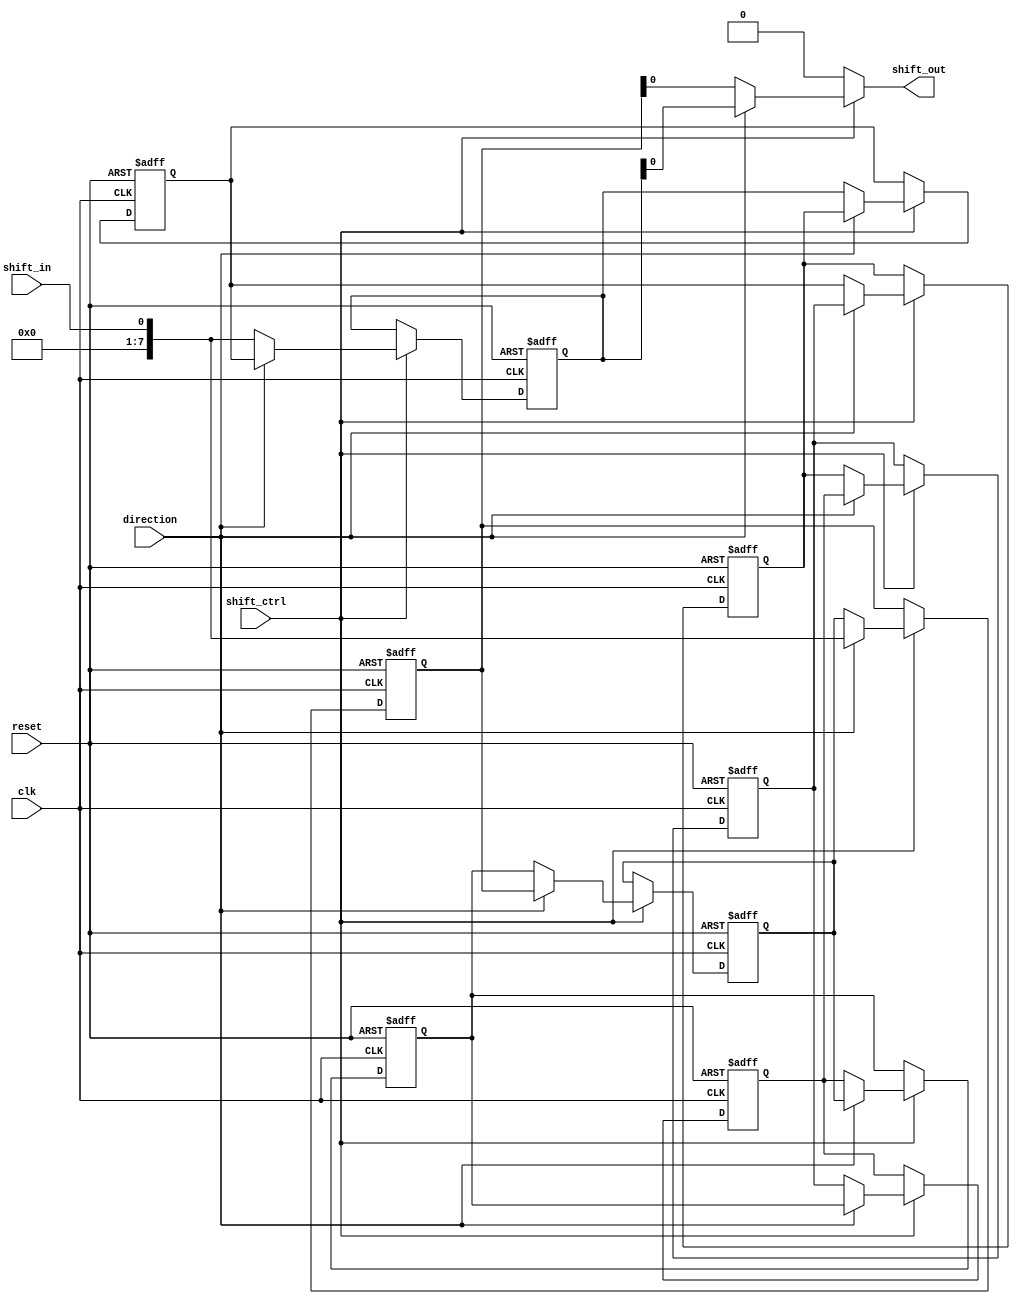
module shift_register
(
  input wire clk,
  input wire reset,
  input wire shift_in,
  input wire shift_ctrl,
  input wire direction,
  output reg shift_out
);

reg [7:0] register [0:7]; // shift register with 8 bits
reg [7:0] data_in;
integer i;

always @(posedge clk or posedge reset)
begin
  if (reset)
  begin
    for (i = 0; i < 8; i = i + 1)
    begin
      register[i] <= 1'b0;
    end
  end
  else
  begin
    if (shift_ctrl)
    begin
      if (direction)
      begin
        for (i = 7; i > 0; i = i - 1)
        begin
          register[i] <= register[i-1];
        end
        register[0] <= shift_in;
      end
      else
      begin
        for (i = 0; i < 7; i = i + 1)
        begin
          register[i] <= register[i+1];
        end
        register[7] <= shift_in;
      end
    end
  end
end

always @(*)
begin
  if (shift_ctrl)
  begin
    if (direction)
    begin
      shift_out = register[7];
    end
    else
    begin
      shift_out = register[0];
    end
  end
  else
  begin
    shift_out = 8'b0; // default value
  end
end

endmodule